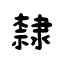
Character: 隸